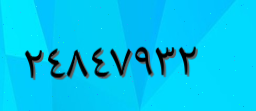
٢٤٨٤٧٩٣٢